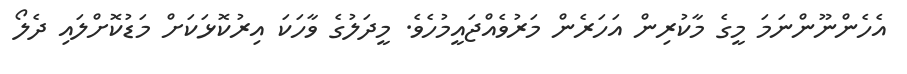
އެހެންނޫންނަމަ މީގެ މާކުރިން އަހަރެން މަރުވެއްޖައީމުހެވެ. މީދަލުގެ ވާހަކަ އިރުކޮޅަކަށް މަޑުކޮށްލައި ދެލޯ